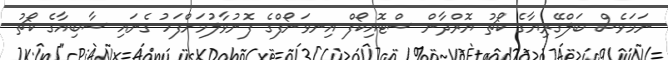
ނަމަވެސް ބަލްގޭރިޔާގެ ކޯޗު ޔޮރްދާން ސްޓޮއިކޯފް އިނވަނޯފްގެ ފޮނުވާލުމަށްފަހު ގެނައި ސާބިއާގެ ކޯޗު